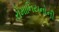
રોમાનિયનોની